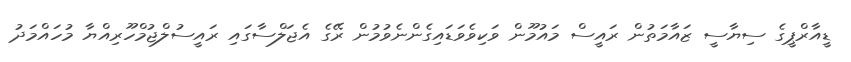
ޑީއާރްޕީގެ ސިޔާސީ ޒައާމަތުން ރައީސް މައުމޫން ވަކިވެވަޑައިގެންނެވުމުން ރޭގެ އެޖަލްސާގައި ރައީސުލްޖުމްހޫރިއްޔާ މުހައްމަދު